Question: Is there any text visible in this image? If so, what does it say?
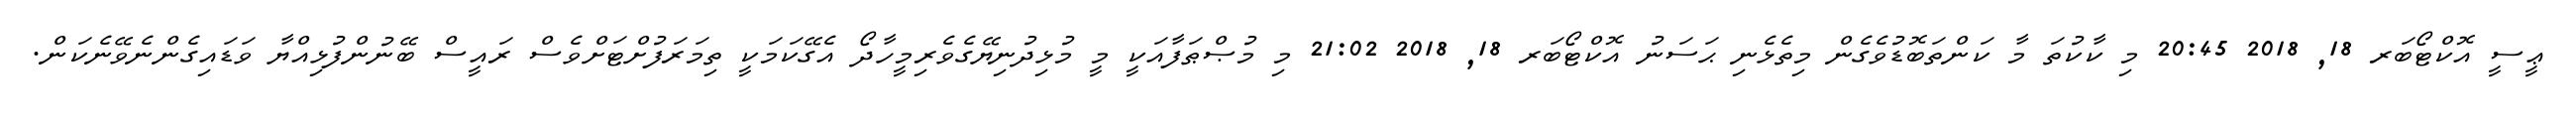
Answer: ޢީސީ އޮކްޓޯބަރ 18, 2018 20:45 މި ކާކުތަ މާ ކަންތަބޮޑުވެގެން މިތެޅެނި ޙަސަނު އޮކްޓޯބަރ 18, 2018 21:02 މި މުޞްޠަފާއަކީ މީ މުޅިދުނިޔޭގެވެރިމީހާދޯ އެގޭކަމަކީ ތިމަރަފުށްޓަށްވެސް ރައީސް ބޭނުންފުޅިއްޔާ ވަޑައިގެންނެވޭނެކަން.